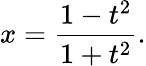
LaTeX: x={\frac{1-t^{2}}{1+t^{2}}}.